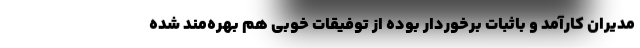
مدیران کارآمد و باثبات برخوردار بوده از توفیقات خوبی هم بهره‌مند شده